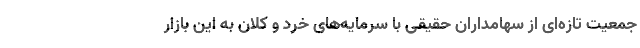
جمعیت تازه‌ای از سهامداران حقیقی با سرمایه‌های خرد و کلان به این بازار